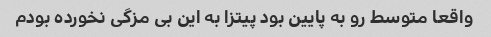
واقعا متوسط رو به پایین بود پیتزا به این بی مزگی نخورده بودم